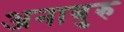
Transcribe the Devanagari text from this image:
अनाबुरु